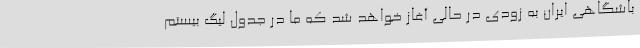
باشگاهی ایران به زودی در حالی آغاز خواهد شد که ما در جدول لیگ بیستم